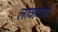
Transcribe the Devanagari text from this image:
लावावाच